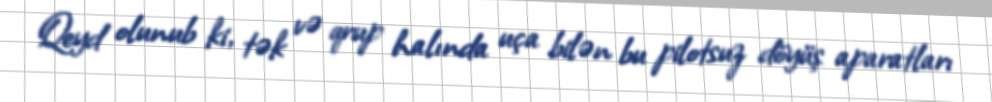
Qeyd olunub ki, tək və qrup halında uça bilən bu pilotsuz döyüş aparatları